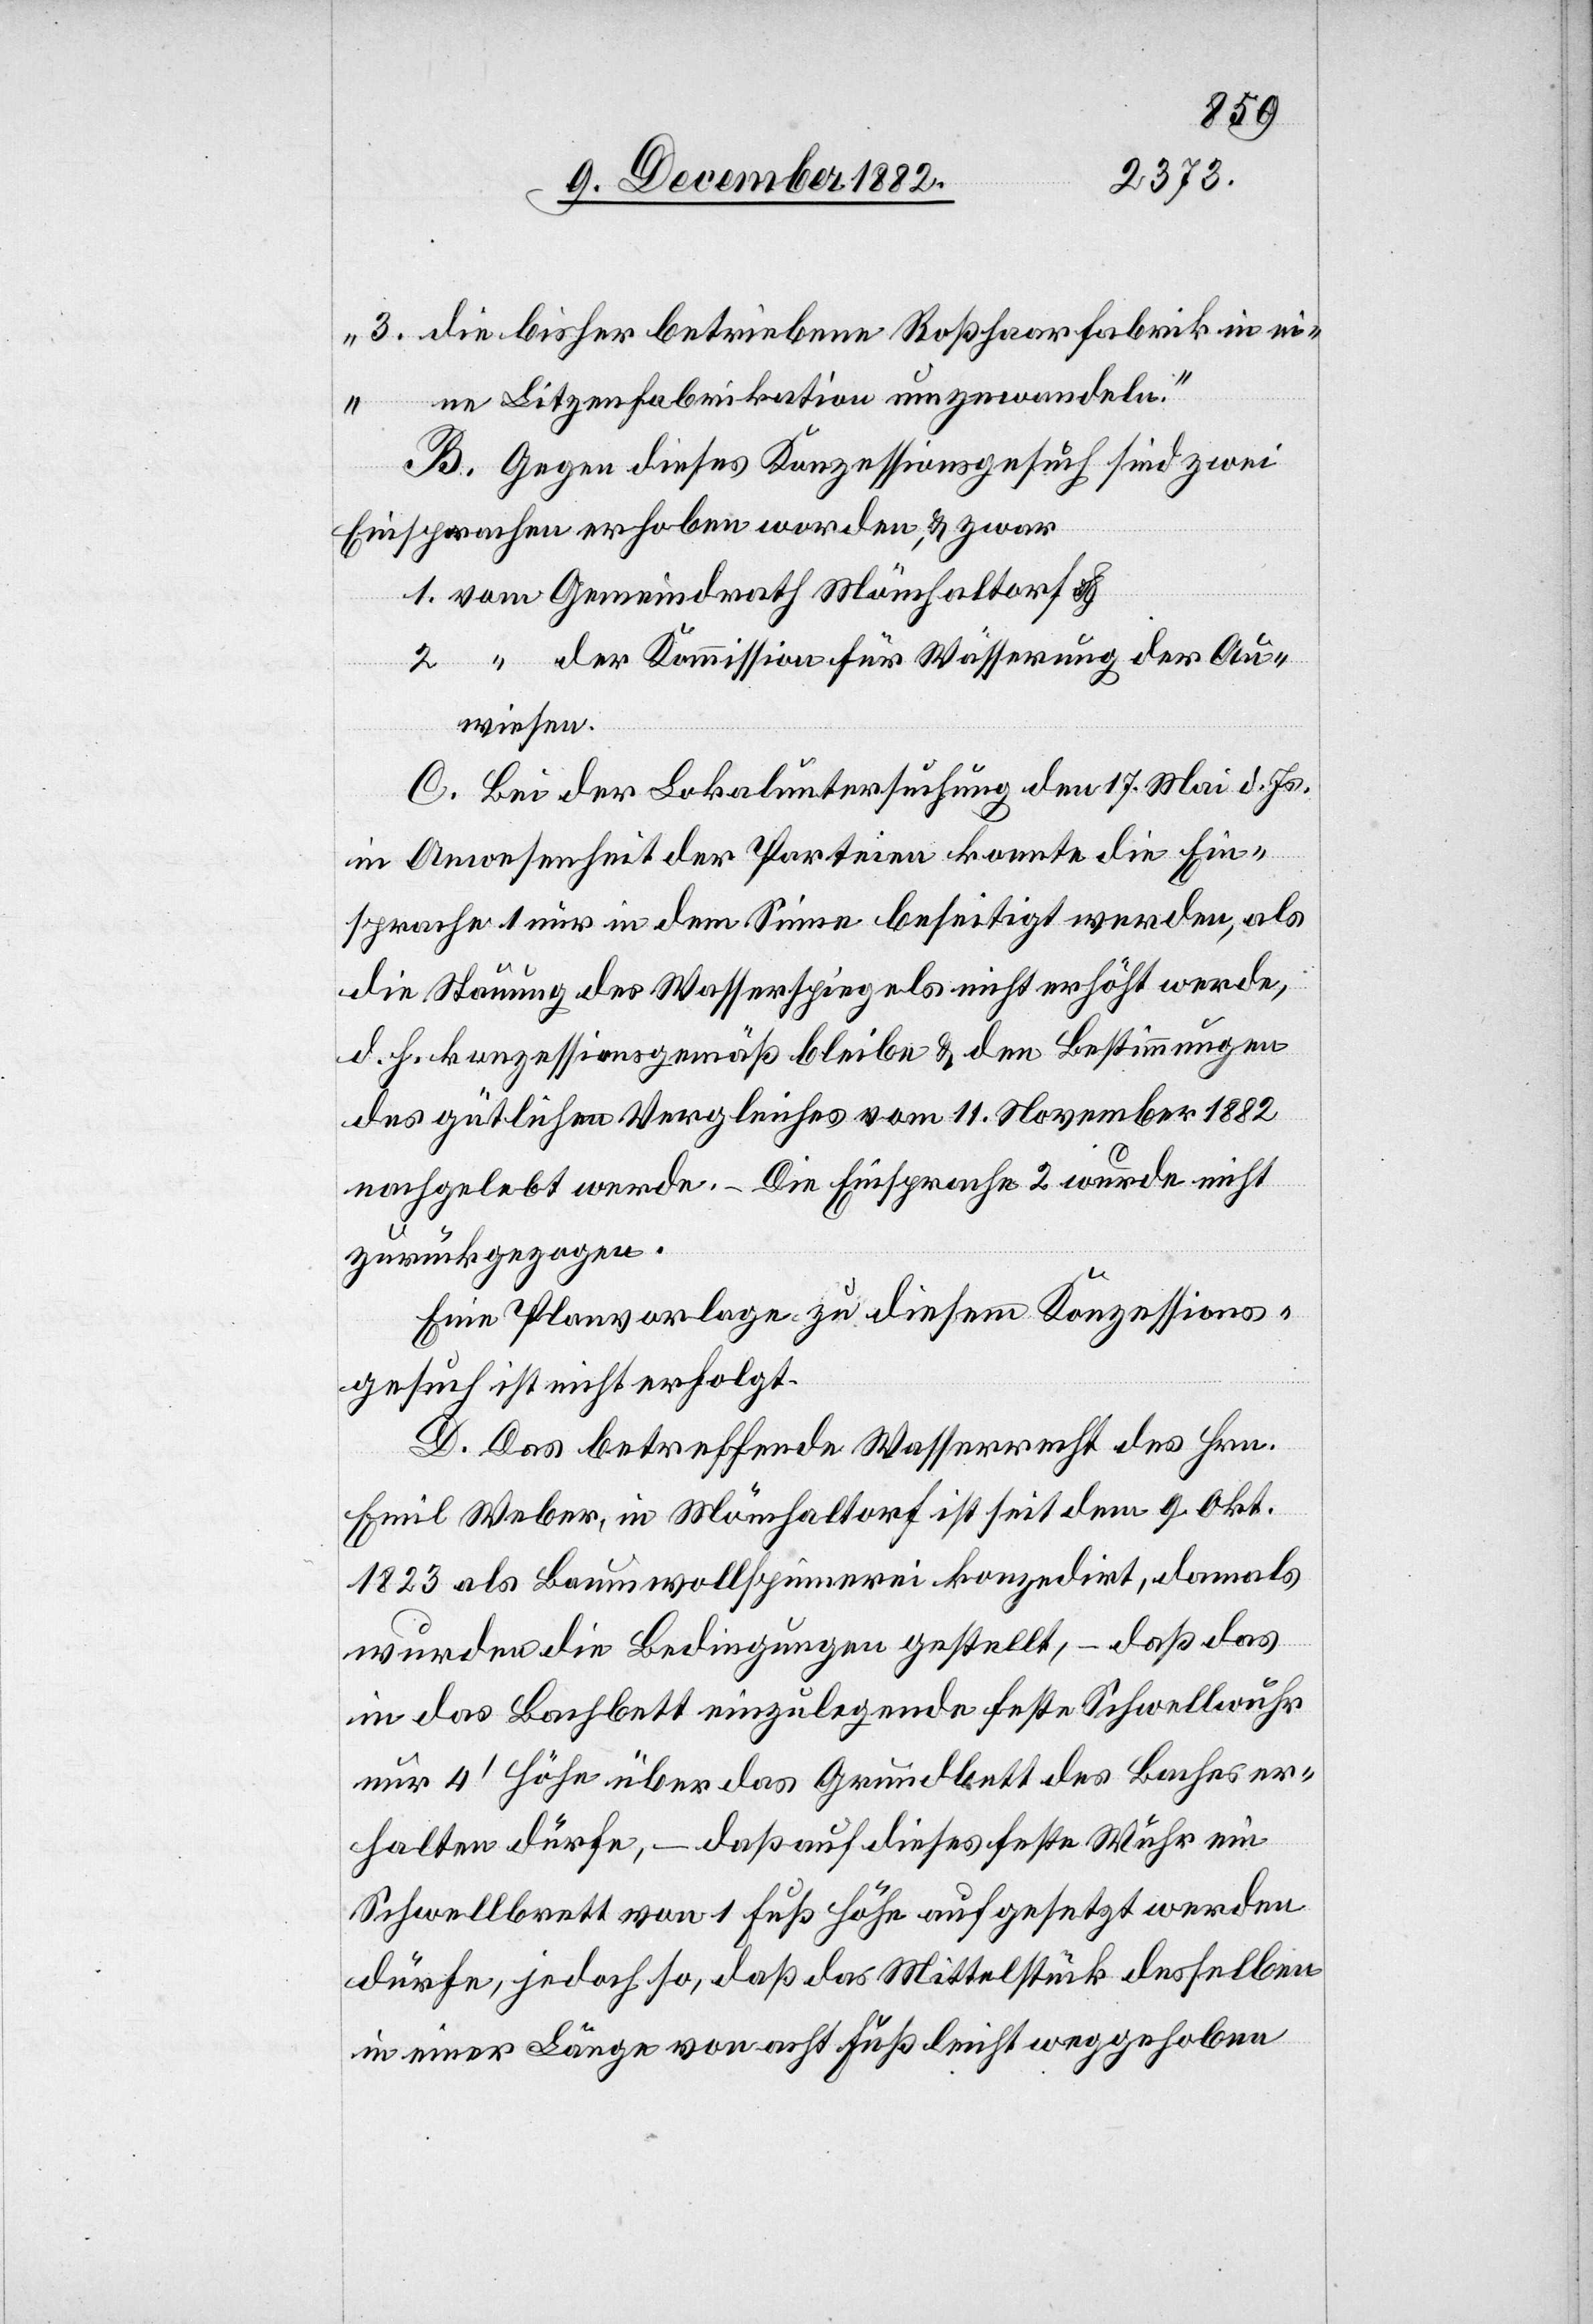
3. die bisher betriebene Roßhaarfabrik in ei¬
ne Litzenfabrikation umzuwandeln.“
B. Gegen dieses Konzessionsgesuch sind zwei
Einsprachen erhoben worden, & zwar
der Kommission für Wässerung der Au¬
wiesen.
C. Bei der Lokaluntersuchung den 17. Mai d. Js.
in Anwesenheit der Parteien konnte die Ein¬
sprache 1 nun in dem Sinne beseitigt werden, als
die Stauung des Wasserspiegels nicht erhöht werde,
d. h. konzessionsgemäß bleibe & den Bestimmungen
des gütlichen Vergleiches vom 11. November 1882
nachgelebt werde. – Die Einsprache 2 wurde nicht
zurückgezogen.
Eine Planvorlage zu diesem Konzessions¬
gesucht ist nicht erfolgt.
D. Das betreffende Wasserrecht des Hrn.
Emil Weber, in Mönchaltorf ist seit dem 9. Okt.
1823 als Baumwollspinnerei konzedirt, damals
wurden die Bedingungen gestellt, – daß das
in das Bachbett einzulegende feste Schwellwuhr
nur 4‘ Höhe über das Grundbett des Baches er¬
halten dürfe, – daß auf dieses feste Wuhr ein
Schwellbrett von 1 Fuß Höhe aufgesetzt werden
dürfe, jedoch so, daß das Mittelstück desselben
in einer Länge von acht Fuß leicht weggehoben